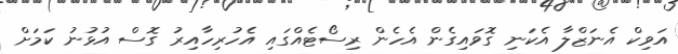
އަވިކް އެނަޒްލާ އެކަނި ގޮވައިގެން އެހެން ރިސޯޓެއްގައި އެހުރިހާއިރު ގޮސް އުޅުނު ކަމަށް